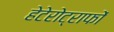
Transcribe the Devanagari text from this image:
हेटेरोट्राफों